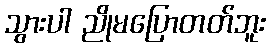
သွားပါ ညိုမပြောတတ်ဘူး